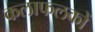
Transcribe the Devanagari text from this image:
कलाफलकों